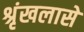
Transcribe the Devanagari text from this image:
श्रृंखलासे